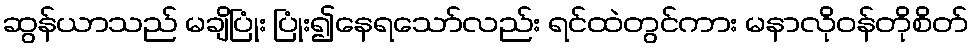
ဆွန်ယာသည် မချိပြုံး ပြုံး၍နေရသော်လည်း ရင်ထဲတွင်ကား မနာလိုဝန်တိုစိတ်